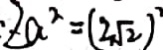
\cdot 2 a ^ { 2 } = ( 2 \sqrt { 2 } ) ^ { 2 }